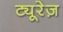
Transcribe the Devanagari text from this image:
ट्यूरेज़